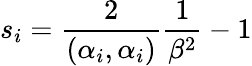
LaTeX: s_{i}=\frac{2}{(\alpha_{i},\alpha_{i})}\frac{1}{\beta^{2}}-1